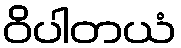
ဝိပါတယံ